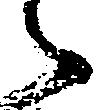
々